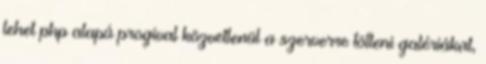
lehet php alapú progival közvetlenül a szerverre tölteni galériákat,